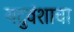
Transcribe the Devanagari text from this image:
यदुवंशाचा